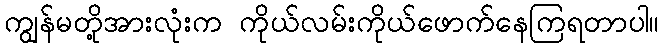
ကျွန်မတို့အားလုံးက ကိုယ်လမ်းကိုယ်ဖောက်နေကြရတာပါ။